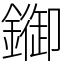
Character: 䥏